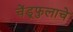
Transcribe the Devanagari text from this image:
चेंडूफुलाचे